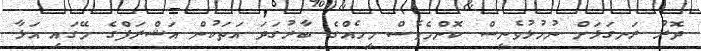
ދޮރު ރަނގަޅަށް ނުހުޅުވެނީސް ކޮންމެވެސް މީހެއްގެ ބާރުގަދަ އަތަކުން އަޝްރަފްގެ މޭގައި އަޅާ